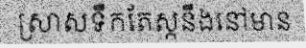
ស្រាសទឹកតែស្កនឹងនៅមាន